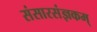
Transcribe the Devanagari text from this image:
संसारसंज्ञकम्